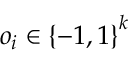
o _ { i } \in \left\{ - 1 , 1 \right\} ^ { k }